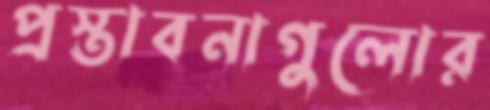
প্রস্তাবনাগুলোর